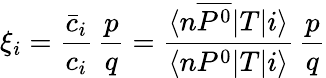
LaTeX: \xi_{i}=\frac{\bar{c}_{i}}{c_{i}}\, \frac{p}{q}=\frac{\langle n\overline{{{P^{0}}}}|T|i\rangle}{\langle nP^{0}|T|i\rangle}\, \frac{p}{q}